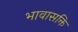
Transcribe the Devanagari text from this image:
भावासक्ति